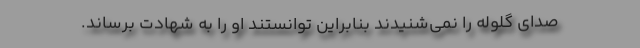
صدای گلوله را نمی‌شنیدند بنابراین توانستند او را به شهادت برساند.